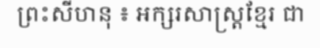
ព្រះសីហនុ ៖ អក្សរសាស្ត្រខ្មែរ ជា